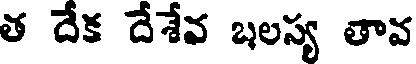
త దేక దేశేవ బలస్య తావ